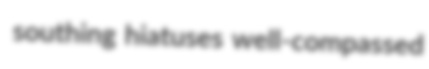
southing hiatuses well-compassed